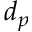
d _ { p }